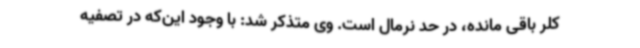
کلر باقی مانده، در حد نرمال است. وی متذکر شد: با وجود این‌که در تصفیه